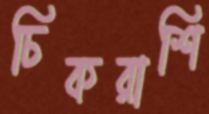
চিকরাশি